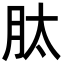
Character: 肽